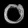
Digit: ၀